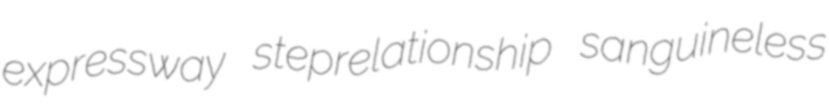
expressway steprelationship sanguineless